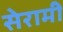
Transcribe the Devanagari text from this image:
सेरामी